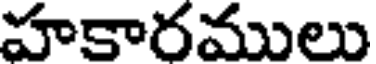
హకారములు